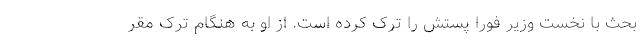
بحث با نخست وزیر فورا پستش را ترک کرده است. از او به هنگام ترک مقر